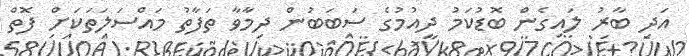
އަދި ބާރު ލައިގެން ބޮޑުކަމު ދިއުމުގެ ސަބަބުން ދިމާވާ ތަފާތު މައްސަލަތަކަށް ފޮތް